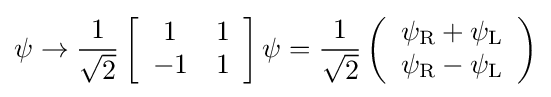
\psi \rightarrow {1 \over {\sqrt {2}}}\left[{\begin{array}{cc}1&1\\-1&1\end{array}}\right]\psi ={1 \over {\sqrt {2}}}\left({\begin{array}{c}\psi _{\rm {R}}+\psi _{\rm {L}}\\\psi _{\rm {R}}-\psi _{\rm {L}}\end{array}}\right)